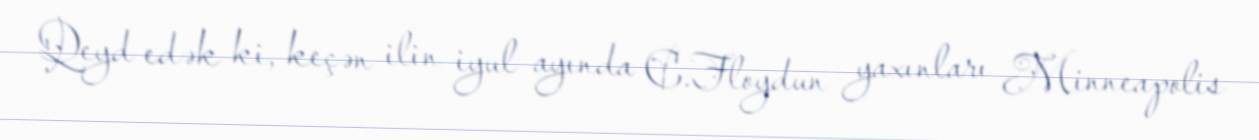
Qeyd edək ki, keçən ilin iyul ayında C.Floydun yaxınları Minneapolis